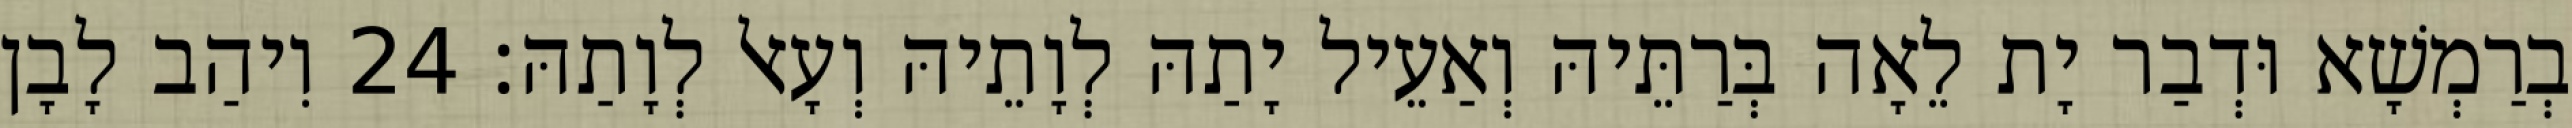
בְרַמְשָׁא וּדְבַר יָת לֵאָה בְּרַתֵּיהּ וְאַעֵיל יָתַהּ לְוָתֵיהּ וְעָאל לְוָתַהּ׃ 24 וִיהַב לָבָן